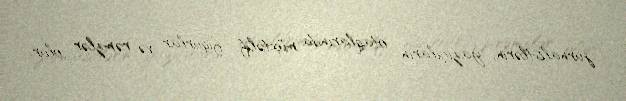
jurnalistlərin, yazıçıların otaqlarında müxtəlif fiqurlar və rəmzlər olur.